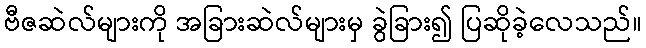
ဗီဇဆဲလ်များကို အခြားဆဲလ်များမှ ခွဲခြား၍ ပြဆိုခဲ့လေသည်။